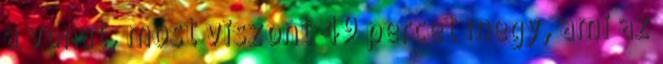
a vonat, most viszont 49 percet megy, ami az